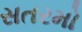
સતરમો